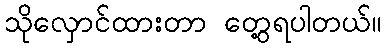
သိုလှောင်ထားတာ တွေ့ရပါတယ်။